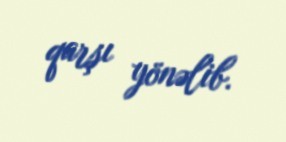
qarşı yönəlib.